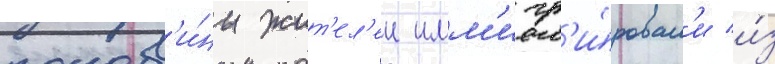
полов'и́ны жит'ел'еи имм'игр'и́ровал'и и́з